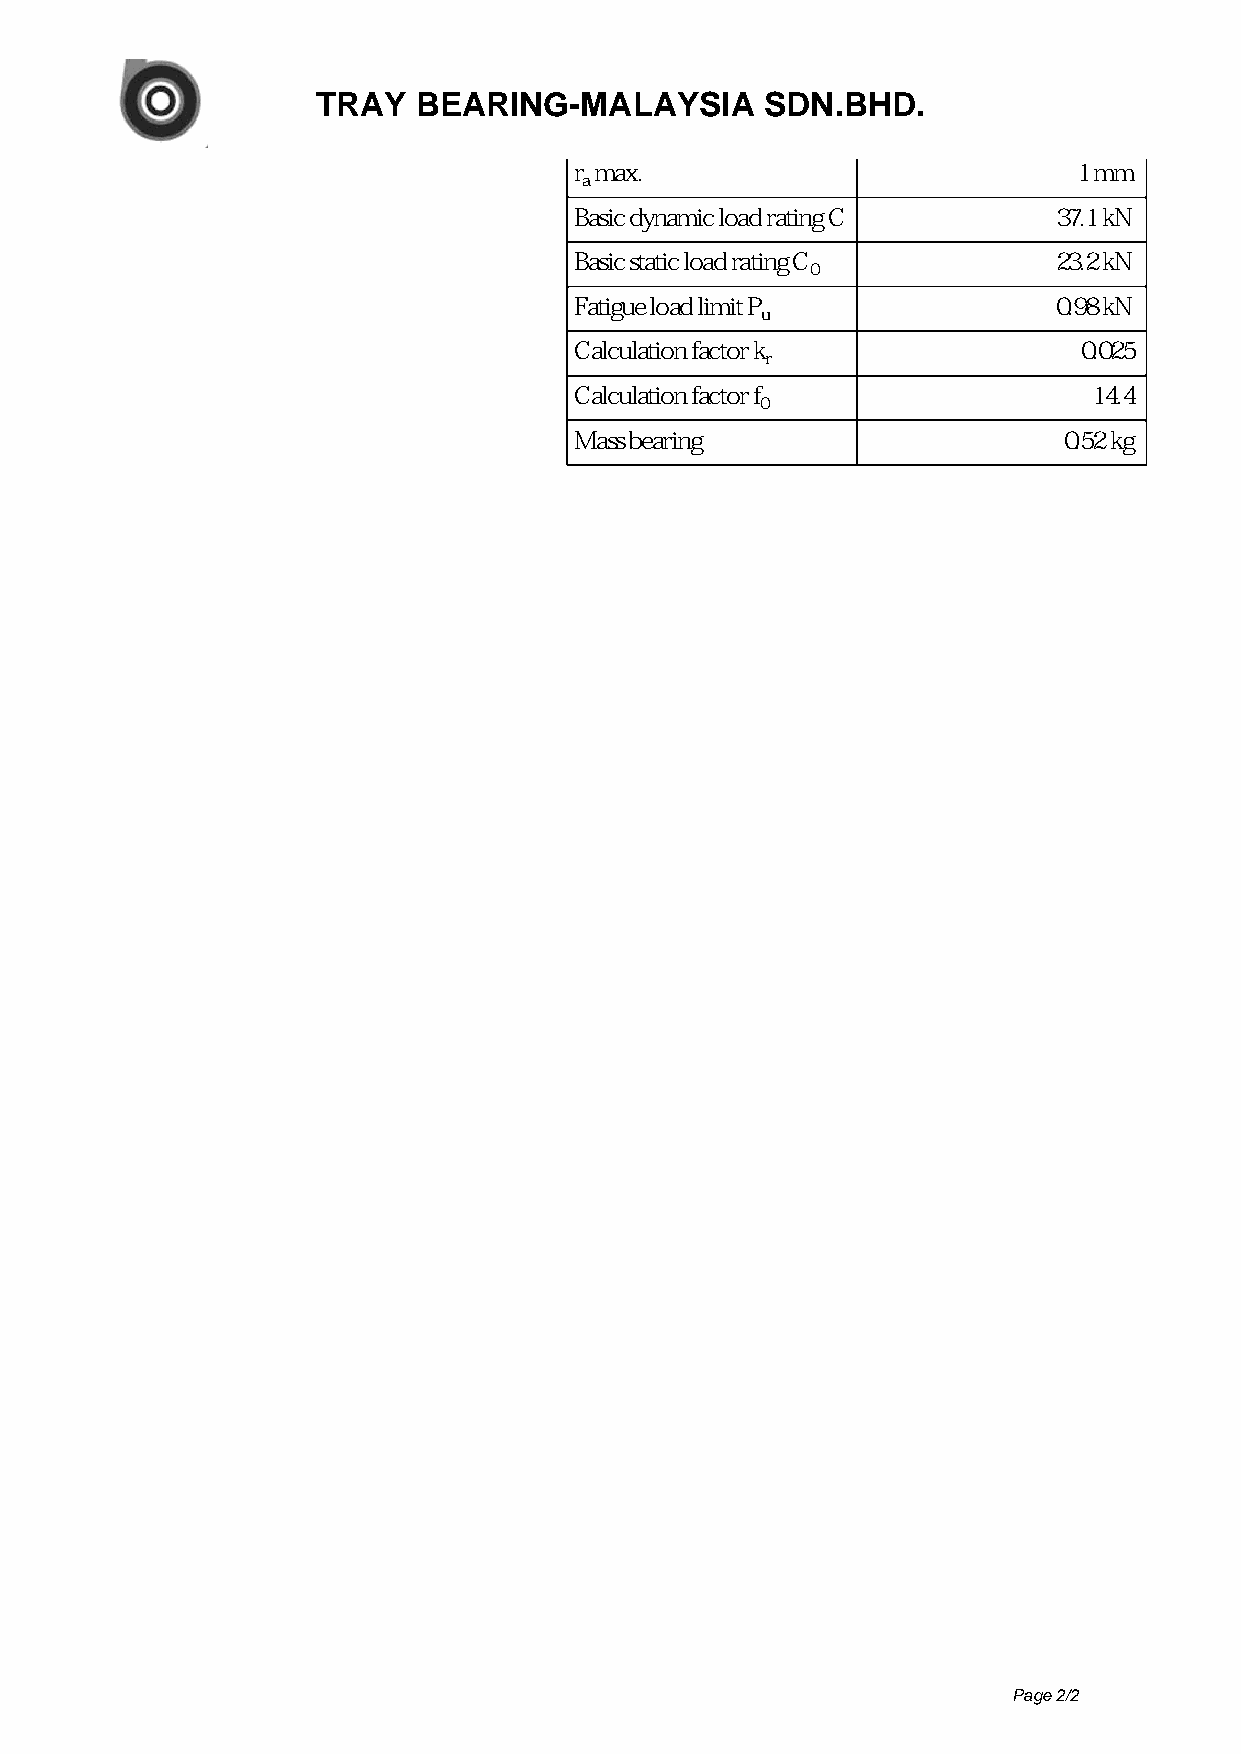
TRAY   BEARING-MALAYSIA       SDN.BHD.
 r max.                           1 mm
 a
 Basic dynamic load rating C     37.1 kN
 Basic static load rating C      23.2 kN
 0
 Fatigue load limit P            0.98 kN
 u
 Calculation factor k              0.025
 r
 Calculation factor f              14.4
 0
 Mass bearing                    0.52 kg
 Page 2/2
 Powered by TCPDF (www.tcpdf.org)